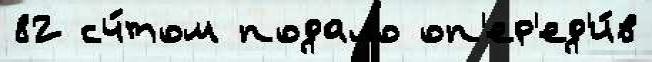
82 сч́том подало оп'ер'ед'и́в